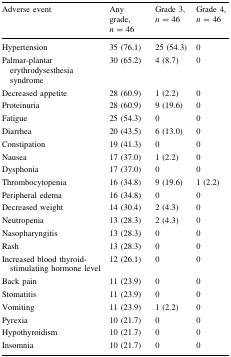
<table><thead><tr><td><b>Adverse event</b></td><td><b>Any grade, <i>n</i> = 46</b></td><td><b>Grade 3, <i>n</i> = 46</b></td><td><b>Grade 4, <i>n</i> = 46</b></td></tr></thead><tbody><tr><td>Hypertension</td><td>35 (76.1)</td><td>25 (54.3)</td><td>0</td></tr><tr><td>Palmar-plantar erythrodysesthesia syndrome</td><td>30 (65.2)</td><td>4 (8.7)</td><td>0</td></tr><tr><td>Decreased appetite</td><td>28 (60.9)</td><td>1 (2.2)</td><td>0</td></tr><tr><td>Proteinuria</td><td>28 (60.9)</td><td>9 (19.6)</td><td>0</td></tr><tr><td>Fatigue</td><td>25 (54.3)</td><td>0</td><td>0</td></tr><tr><td>Diarrhea</td><td>20 (43.5)</td><td>6 (13.0)</td><td>0</td></tr><tr><td>Constipation</td><td>19 (41.3)</td><td>0</td><td>0</td></tr><tr><td>Nausea</td><td>17 (37.0)</td><td>1 (2.2)</td><td>0</td></tr><tr><td>Dysphonia</td><td>17 (37.0)</td><td>0</td><td>0</td></tr><tr><td>Thrombocytopenia</td><td>16 (34.8)</td><td>9 (19.6)</td><td>1 (2.2)</td></tr><tr><td>Peripheral edema</td><td>16 (34.8)</td><td>0</td><td>0</td></tr><tr><td>Decreased weight</td><td>14 (30.4)</td><td>2 (4.3)</td><td>0</td></tr><tr><td>Neutropenia</td><td>13 (28.3)</td><td>2 (4.3)</td><td>0</td></tr><tr><td>Nasopharyngitis</td><td>13 (28.3)</td><td>0</td><td>0</td></tr><tr><td>Rash</td><td>13 (28.3)</td><td>0</td><td>0</td></tr><tr><td>Increased blood thyroid-stimulating hormone level</td><td>12 (26.1)</td><td>0</td><td>0</td></tr><tr><td>Back pain</td><td>11 (23.9)</td><td>0</td><td>0</td></tr><tr><td>Stomatitis</td><td>11 (23.9)</td><td>0</td><td>0</td></tr><tr><td>Vomiting</td><td>11 (23.9)</td><td>1 (2.2)</td><td>0</td></tr><tr><td>Pyrexia</td><td>10 (21.7)</td><td>0</td><td>0</td></tr><tr><td>Hypothyroidism</td><td>10 (21.7)</td><td>0</td><td>0</td></tr><tr><td>Insomnia</td><td>10 (21.7)</td><td>0</td><td>0</td></tr></tbody></table>